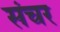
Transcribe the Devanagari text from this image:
संचर